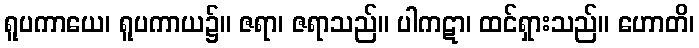
ရူပကာယေ၊ ရူပကာယ၌။ ဇရာ၊ ဇရာသည်။ ပါကဋာ၊ ထင်ရှားသည်။ ဟောတိ၊